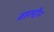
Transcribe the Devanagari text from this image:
बहरुद्दीन